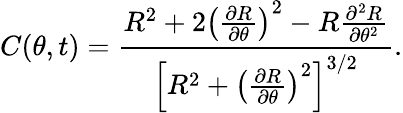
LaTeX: C(\theta,t)=\frac{R^{2}+2\left(\frac{\partial R}{\partial\theta}\right)^{2}-R\frac{\partial^{2}R}{\partial\theta^{2}}}{\left[R^{2}+\left(\frac{\partial R}{\partial\theta}\right)^{2}\right]^{3/2}}.